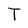
Character: T